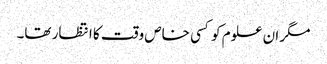
مگر ان علوم کو کسی خاص وقت کا انتظار تھا۔